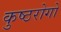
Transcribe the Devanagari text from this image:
कुष्ठरोगों